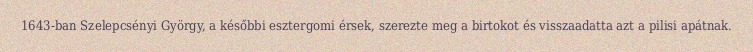
1643-ban Szelepcsényi György, a későbbi esztergomi érsek, szerezte meg a birtokot és visszaadatta azt a pilisi apátnak.